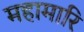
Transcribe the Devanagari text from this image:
महामारि